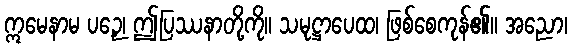
ဣမေနာမ ပဉှေ၊ ဤပြဿနာတို့ကို။ သမုဋ္ဌာပေထ၊ ဖြစ်စေကုန်၏။ အညော၊